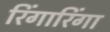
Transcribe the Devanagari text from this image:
रिंगारिंगा